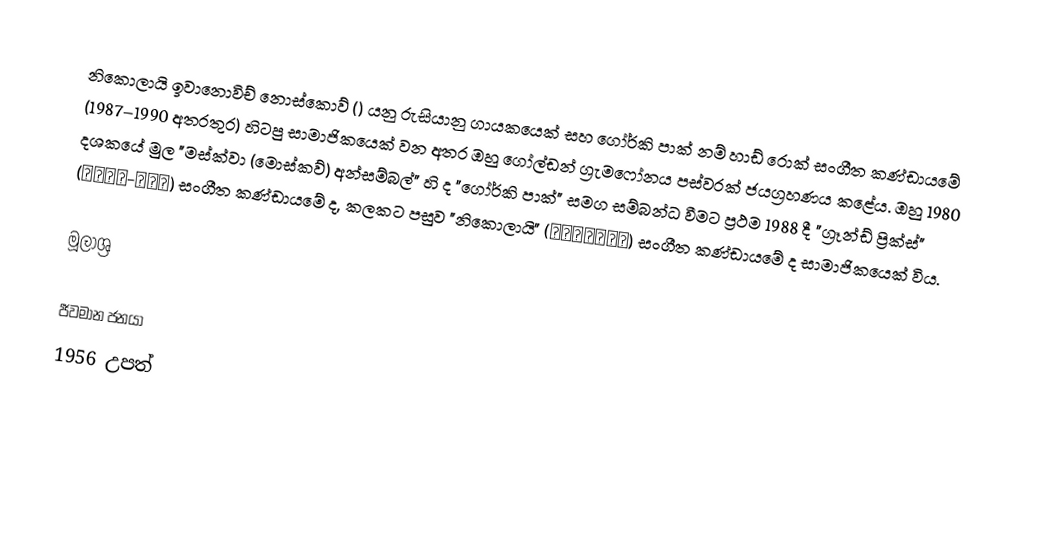
නිකොලායි ඉවානොවිච් නොස්කොව් () යනු රුසියානු ගායකයෙක් සහ ගෝර්කි පාක් නම් හාඩ් රොක් සංගීත කණ්ඩායමේ (1987–1990 අතරතුර) හිටපු සාමාජිකයෙක් වන අතර ඔහු ගෝල්ඩන් ග්‍රැමෆෝනය පස්වරක් ජයග්‍රහණය කළේය. ඔහු 1980 දශකයේ මුල "මස්ක්වා (මොස්කව්) අන්සම්බල්" හි ද "ගෝර්කි පාක්" සමග සම්බන්ධ වීමට ප්‍රථම 1988 දී "ග්‍රෑන්ඩ් ප්‍රික්ස්" (Гран-при) සංගීත කණ්ඩායමේ ද, කලකට පසුව "නිකොලායි" (Николай) සංගීත කණ්ඩායමේ ද සාමාජිකයෙක් විය.

මූලාශ්‍ර

ජීවමාන ජනයා
1956 උපත්